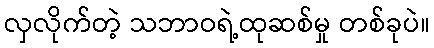
လှလိုက်တဲ့ သဘာဝရဲ့ထုဆစ်မှု တစ်ခုပဲ။